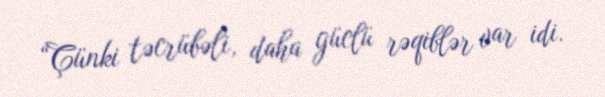
“Çünki təcrübəli, daha güclü rəqiblər var idi.